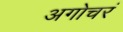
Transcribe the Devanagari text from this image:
अगोचरं